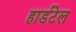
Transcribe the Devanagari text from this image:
हार्डटेल